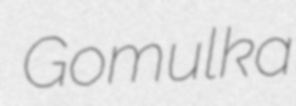
Gomulka